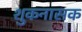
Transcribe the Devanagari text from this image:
शुकनासक